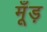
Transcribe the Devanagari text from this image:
मूँड़